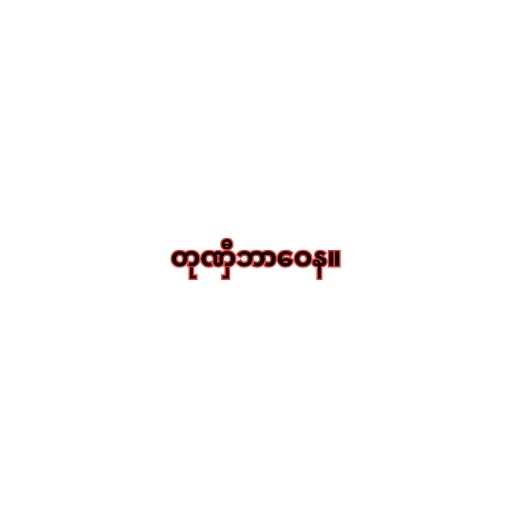
တုဏှီဘာဝေန။